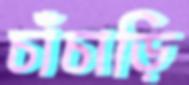
চাঁচাড়ি